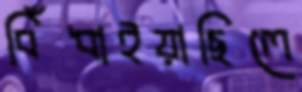
বিঁধাইয়াছিলে